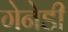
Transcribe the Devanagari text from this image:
गेनेडी